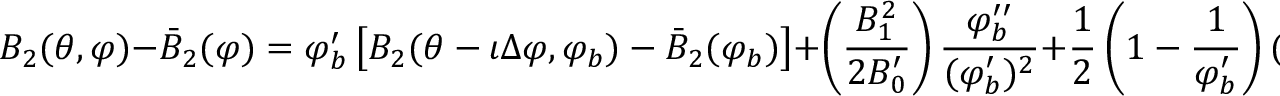
B _ { 2 } ( \theta , \varphi ) - \bar { B } _ { 2 } ( \varphi ) = \varphi _ { b } ^ { \prime } \left[ B _ { 2 } ( \theta - \iota \Delta \varphi , \varphi _ { b } ) - \bar { B } _ { 2 } ( \varphi _ { b } ) \right] + \left( \frac { B _ { 1 } ^ { 2 } } { 2 B _ { 0 } ^ { \prime } } \right) \frac { \varphi _ { b } ^ { \prime \prime } } { ( \varphi _ { b } ^ { \prime } ) ^ { 2 } } + \frac { 1 } { 2 } \left( 1 - \frac { 1 } { \varphi _ { b } ^ { \prime } } \right) ( \partial _ { \varphi } + \iota \partial _ { \theta } ) \left( \frac { B _ { 1 } ^ { 2 } } { B _ { 0 } ^ { \prime } } \right) .